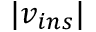
| v _ { i n s } |